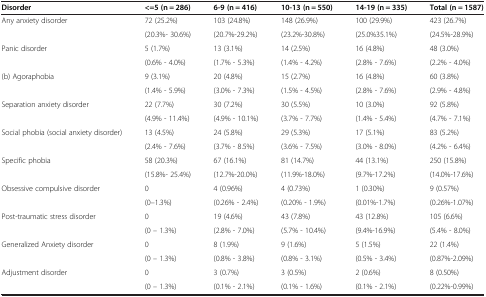
<table><thead><tr><td><b>Disorder</b></td><td><b>&lt;=5 (n = 286)</b></td><td><b>6-9 (n = 416)</b></td><td><b>10-13 (n = 550)</b></td><td><b>14-19 (n = 335)</b></td><td><b>Total (n = 1587)</b></td></tr></thead><tbody><tr><td rowspan="2">Any anxiety disorder</td><td>72 (25.2%)</td><td>103 (24.8%)</td><td>148 (26.9%)</td><td>100 (29.9%)</td><td>423 (26.7%)</td></tr><tr><td>(20.3%- 30.6%)</td><td>(20.7%-29.2%)</td><td>(23.2%-30.8%)</td><td>(25.0%35.1%)</td><td>(24.5%-28.9%)</td></tr><tr><td rowspan="2">Panic disorder</td><td>5 (1.7%)</td><td>13 (3.1%)</td><td>14 (2.5%)</td><td>16 (4.8%)</td><td>48 (3.0%)</td></tr><tr><td>(0.6% - 4.0%)</td><td>(1.7% - 5.3%)</td><td>(1.4% - 4.2%)</td><td>(2.8% - 7.6%)</td><td>(2.2% - 4.0%)</td></tr><tr><td rowspan="2">(b) Agoraphobia</td><td>9 (3.1%)</td><td>20 (4.8%)</td><td>15 (2.7%)</td><td>16 (4.8%)</td><td>60 (3.8%)</td></tr><tr><td>(1.4% - 5.9%)</td><td>(3.0% - 7.3%)</td><td>(1.5% - 4.5%)</td><td>(2.8% - 7.6%)</td><td>(2.9% - 4.8%)</td></tr><tr><td rowspan="2">Separation anxiety disorder</td><td>22 (7.7%)</td><td>30 (7.2%)</td><td>30 (5.5%)</td><td>10 (3.0%)</td><td>92 (5.8%)</td></tr><tr><td>(4.9% - 11.4%)</td><td>(4.9% - 10.1%)</td><td>(3.7% - 7.7%)</td><td>(1.4% - 5.4%)</td><td>(4.7% - 7.1%)</td></tr><tr><td rowspan="2">Social phobia (social anxiety disorder)</td><td>13 (4.5%)</td><td>24 (5.8%)</td><td>29 (5.3%)</td><td>17 (5.1%)</td><td>83 (5.2%)</td></tr><tr><td>(2.4% - 7.6%)</td><td>(3.7% - 8.5%)</td><td>(3.6% - 7.5%)</td><td>(3.0% - 8.0%)</td><td>(4.2% - 6.4%)</td></tr><tr><td rowspan="2">Specific phobia</td><td>58 (20.3%)</td><td>67 (16.1%)</td><td>81 (14.7%)</td><td>44 (13.1%)</td><td>250 (15.8%)</td></tr><tr><td>(15.8%- 25.4%)</td><td>(12.7%-20.0%)</td><td>(11.9%-18.0%)</td><td>(9.7%-17.2%)</td><td>(14.0%-17.6%)</td></tr><tr><td rowspan="2">Obsessive compulsive disorder</td><td>0</td><td>4 (0.96%)</td><td>4 (0.73%)</td><td>1 (0.30%)</td><td>9 (0.57%)</td></tr><tr><td>(0–1.3%)</td><td>(0.26% - 2.4%)</td><td>(0.20% - 1.9%)</td><td>(0.01%-1.7%)</td><td>(0.26%-1.07%)</td></tr><tr><td rowspan="2">Post-traumatic stress disorder</td><td>0</td><td>19 (4.6%)</td><td>43 (7.8%)</td><td>43 (12.8%)</td><td>105 (6.6%)</td></tr><tr><td>(0 – 1.3%)</td><td>(2.8% - 7.0%)</td><td>(5.7% - 10.4%)</td><td>(9.4%-16.9%)</td><td>(5.4% - 8.0%)</td></tr><tr><td rowspan="2">Generalized Anxiety disorder</td><td>0</td><td>8 (1.9%)</td><td>9 (1.6%)</td><td>5 (1.5%)</td><td>22 (1.4%)</td></tr><tr><td>(0 – 1.3%)</td><td>(0.8% - 3.8%)</td><td>(0.8% - 3.1%)</td><td>(0.5% - 3.4%)</td><td>(0.87%-2.09%)</td></tr><tr><td>Adjustment disorder</td><td>0</td><td>3 (0.7%)</td><td>3 (0.5%)</td><td>2 (0.6%)</td><td>8 (0.50%)</td></tr><tr><td> </td><td>(0 – 1.3%)</td><td>(0.1% - 2.1%)</td><td>(0.1% - 1.6%)</td><td>(0.1% - 2.1%)</td><td>(0.22%-0.99%)</td></tr></tbody></table>